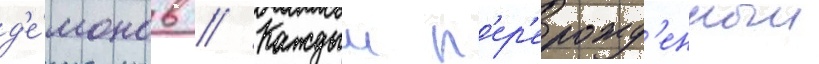
д'е́монов // Каждыи п'ер'ерожд'енныи